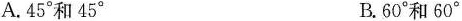
。A.4 5°和4 5° B.6 0°和6 0°